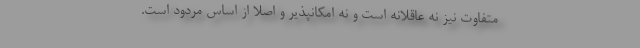
متفاوت نیز نه عاقلانه است و نه امکانپذیر و اصلا از اساس مردود است.